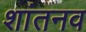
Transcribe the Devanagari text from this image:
शांतनव